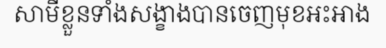
សាមីខ្លួនទាំងសង្ខាងបានចេញមុខអះអាង